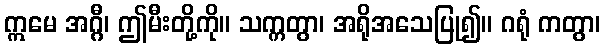
ဣမေ အဂ္ဂီ၊ ဤမီးတို့ကို။ သက္ကတွာ၊ အရိုအသေပြု၍။ ဂရုံ ကတွာ၊